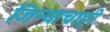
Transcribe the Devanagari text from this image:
जिन्याचाही